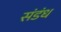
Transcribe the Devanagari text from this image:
संडंध